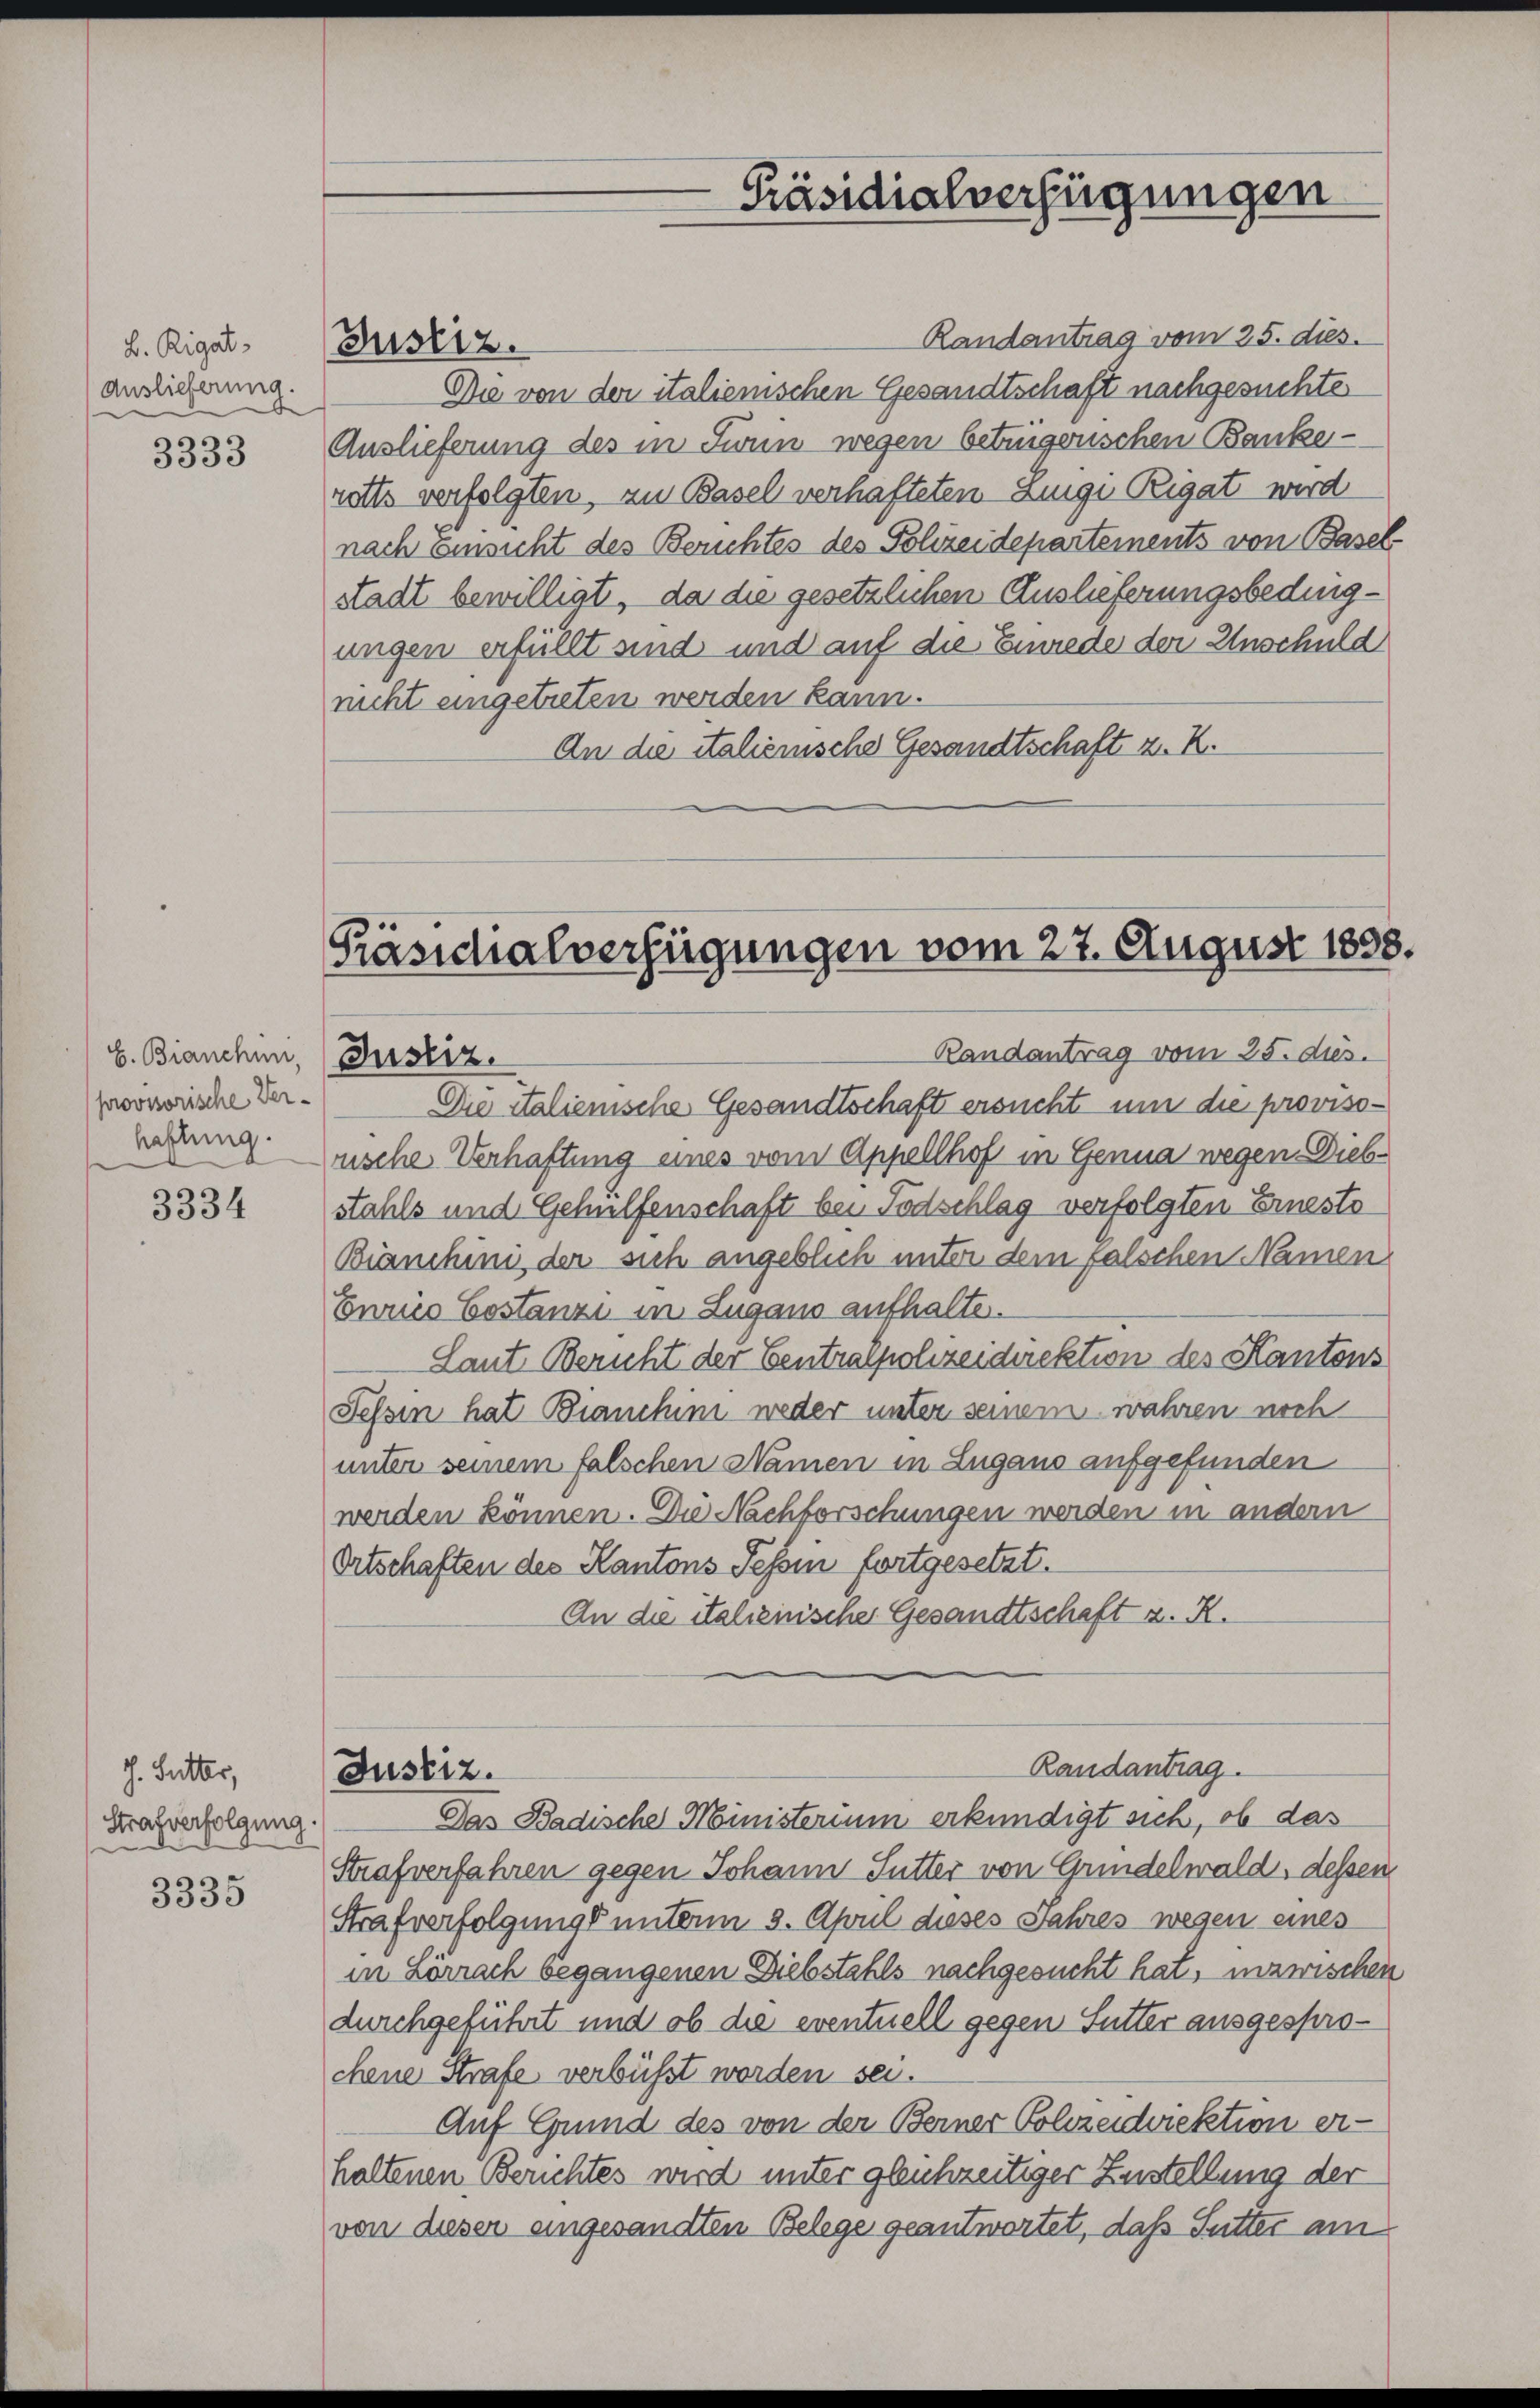
B. Rigat
Auslieferung.

3333

E. Bianchen,
provisorische Verhaftung.

3334

J. Futter,
Strafverfolgung.

3335

Justiz.

Präsidialverfügungen

Randantrag vom 25. dies
Die von der italienischen Gesandtschaft nachgesuchte
Auslieferung des in Sinn wegen betrigorischen Bankeretts verfolgten, an Basel verhafteten Lunge Rigat wird
nach ainsicht des Berichtes des Polizeidepartements von Basel
stadt bewilligt, da die gesetzlichen Auslieferungsbedingungen erfüllt sind und auf die Einrede der Anschuld
nicht eingetreten werden kann.
An die italienische Gesandtschaft z. R.

Präsichalverfügungen vom 27. August 1858.
Randantrag vom 25. ds.
Justiz.

Justiz.

Die italienische Gesandtschaft ersucht um die provisorische Verhaftung eines vom Appellhof in Genua wegen Diebstahls und Gehülfenschaft bei Todschlag verfolgten Ernesto
Bianchini, der sich angeblich unter dem falschen Namen
Enriio Costanzi in Lugans aufhalte.
Laut Bericht der Centralpolizeidirektion des Kantons
Tessin hat Branchim weder unter seinem wahren noch
unter seinem falschen Namen in Lugans aufgefunden
werden können. Die Nachforschungen werden in andern
Ortschaften des Kantons Tessin fortgesetzt.
An die italiennischer Gesandtschaft z. R.

Randantrag.

Das Badische Ministerium erkundigt sich, ob das
Strafverfahren gegen Johann Sutter von Grindelwald, dessen
Strafverfolgung unterm 3. April dieses Jahres wegen eines
in Lörrach begangenen Diebstahls nachgesucht hat, inzwischen
durchgeführt und ob die eventuell gegen Sutter ausgesprochene Strafe verbüßt worden sei.
Auf Grund des von der Berner Polizeidviektion erhaltenen Berichtes wird unter gleichzeitiger Zustellung der
von diesen eingesandten Belege geantwortet, daß Sutter am